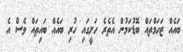
ބައެއް ޒަހަމްތައް ބޮޑުކަމުން އެތެރެ ހަށީގައި ހުރި ބައެއް ބައިތައް ވެސް އެ